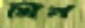
খিন